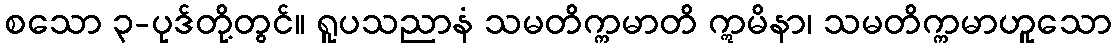
စသော ၃-ပုဒ်တို့တွင်။ ရူပသညာနံ သမတိက္ကမာတိ ဣမိနာ၊ သမတိက္ကမာဟူသော